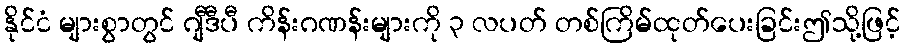
နိုင်ငံ များစွာတွင် ဂျီဒီပီ ကိန်းဂဏန်းများကို ၃ လပတ် တစ်ကြိမ်ထုတ်ပေးခြင်းဤသို့ဖြင့်